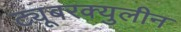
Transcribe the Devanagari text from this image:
ट्यूबरक्युलीन